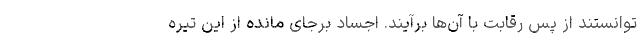
توانستند از پس رقابت با آن‌ها برآیند. اجساد برجای مانده از این تیره